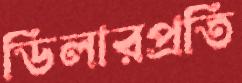
ডিলারপ্রতি